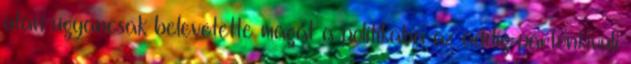
után ugyancsak belevetette magát a politikába az addig pártonkívüli